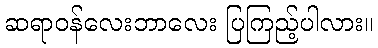
ဆရာဝန်လေးဘာလေး ပြကြည့်ပါလား။